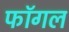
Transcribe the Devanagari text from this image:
फॉगल